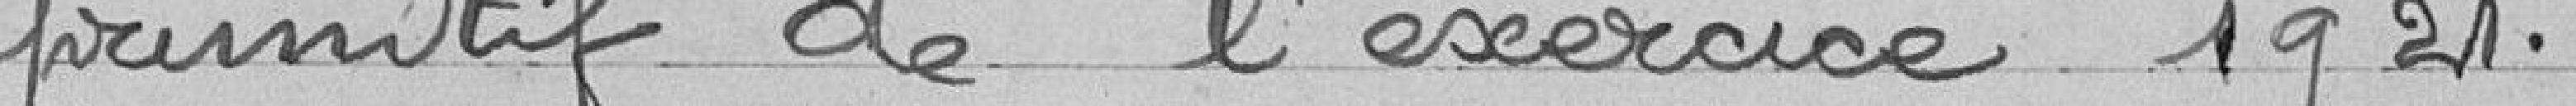
primitif de l'année 1921.